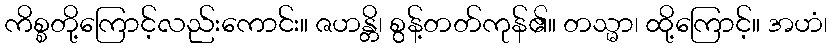
ကိစ္စတို့ကြောင့်လည်းကောင်း။ ဇဟန္တိ၊ စွန့်တတ်ကုန်၏။ တသ္မာ၊ ထို့ကြောင့်။ အဟံ၊